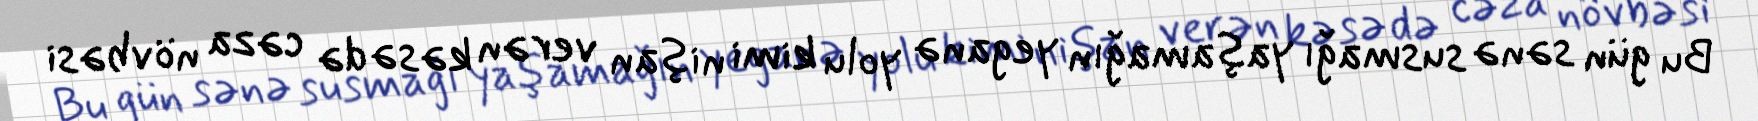
Bu gün sənə susmağı yaşamağın yeganə yolu kimi nişan verən kəsə də cəza növbəsi